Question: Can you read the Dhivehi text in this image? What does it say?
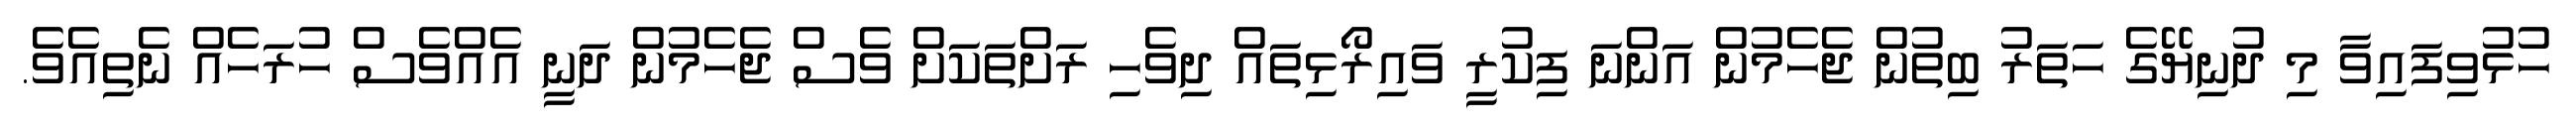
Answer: ހުޅުވިފައިވާ މި ދުނިޔޭގެ ހަތަރު ބިތުން ޖެހެމުން އަންނަ ފިކުރީ ވައިރޯޅިތައް ދިވެހި ރަށްތަކަށް ވެސް ޖެހެމުން ދަނީ އެއްވެސް ހުރަހެއް ނެތިއެވެ.